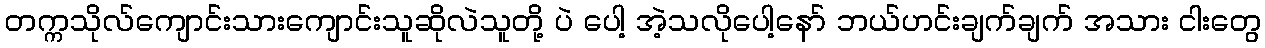
တက္ကသိုလ်ကျောင်းသားကျောင်းသူဆိုလဲသူတို့ ပဲ ပေါ့ အဲ့သလိုပေါ့နော် ဘယ်ဟင်းချက်ချက် အသား ငါးတွေ